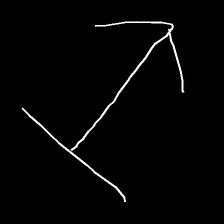
Glyph: levitation